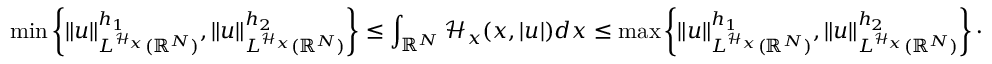
\operatorname* { m i n } \left\lbrace \| u \| _ { L ^ { \mathcal { H } _ { x } } ( { \mathbb R } ^ { N } ) } ^ { h _ { 1 } } , \| u \| _ { L ^ { \mathcal { H } _ { x } } ( { \mathbb R } ^ { N } ) } ^ { h _ { 2 } } \right\rbrace \leq \int _ { { \mathbb R } ^ { N } } \mathcal { H } _ { x } ( x , | u | ) d x \leq \operatorname* { m a x } \left\lbrace \| u \| _ { L ^ { \mathcal { H } _ { x } } ( { \mathbb R } ^ { N } ) } ^ { h _ { 1 } } , \| u \| _ { L ^ { \mathcal { H } _ { x } } ( { \mathbb R } ^ { N } ) } ^ { h _ { 2 } } \right\rbrace \cdot